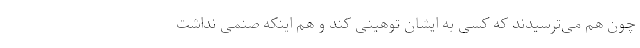
چون هم می‌ترسیدند که کسی به ایشان توهینی کند و هم اینکه صنمی نداشت